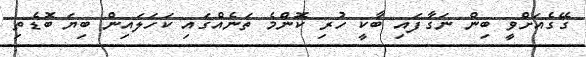
ގޭގެއަށްވީ ބިން ނަގާފައި ބާކީ ހުރި ކޮންމެ ތަނެއްގައި ކަހަލައިން ބިޔަ ބޮޑެތި